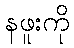
နဖူးကို